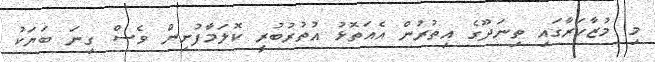
މި މުޒާހަރާގައި ތިނަދޫގެ އިތުރުން އެއަތޮޅު އުތުރުބުރީ ކޮލަމާފުށިން ވެސް ގިނަ ބަޔަކު